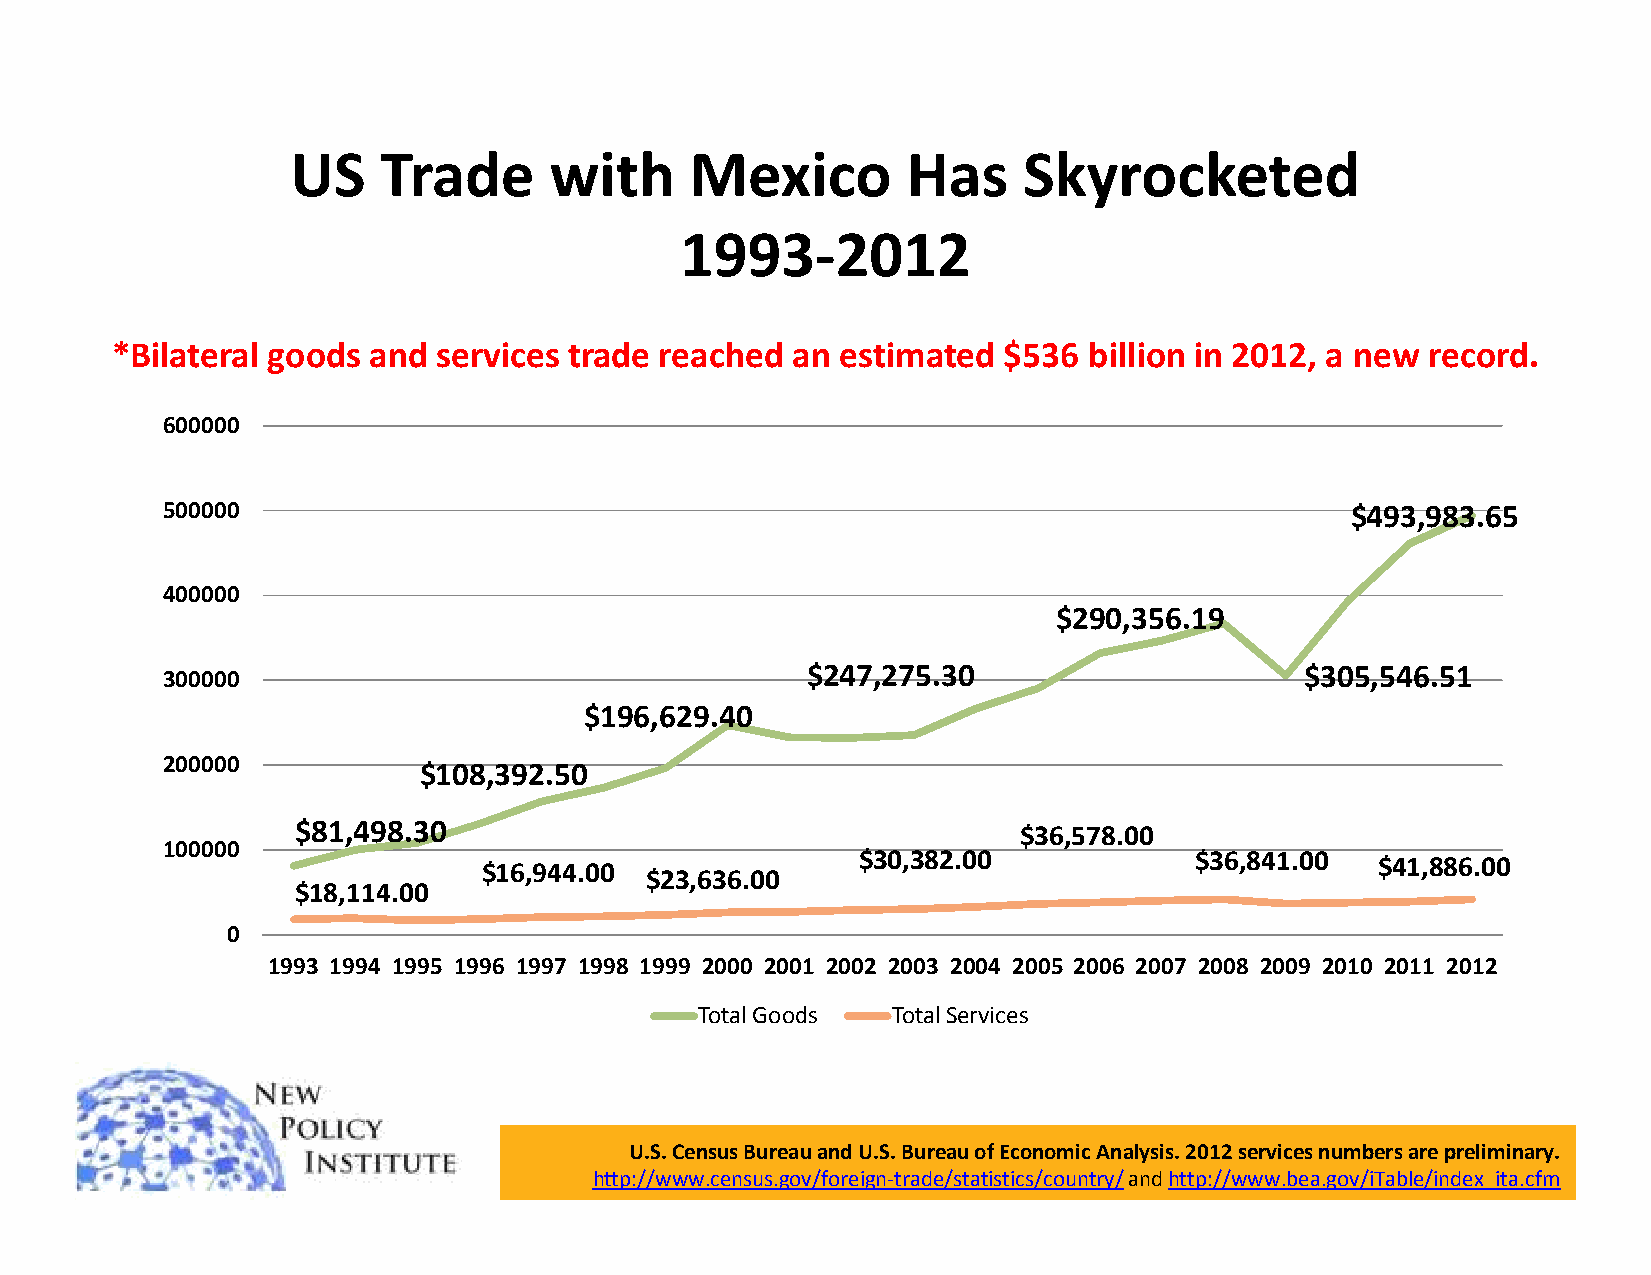
US    Trade      with      Mexico        Has     Skyrocketed
 1993-2012
 *Bilateral goods and  services trade reached an  estimated $536  billion in 2012, a new record.
 600000
 500000                                                                        $493,983.65
 400000
 $290,356.19
 $247,275.30                      $305,546.51
 300000
 $196,629.40
 200000
 $108,392.50
 $81,498.30
 $36,578.00
 100000
 $30,382.00            $36,841.00  $41,886.00
 $16,944.00
 $23,636.00
 $18,114.00
 0
 1993 1994 1995 1996 1997 1998 1999 2000 2001 2002 2003 2004 2005 2006 2007 2008 2009 2010 2011 2012
 Total Goods  Total Services
 U.S. Census Bureau and U.S. Bureau of Economic Analysis. 2012 services numbers are preliminary.
 http://www.census.gov/foreign-trade/statistics/country/and http://www.bea.gov/iTable/index_ita.cfm